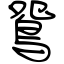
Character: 鴛